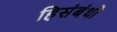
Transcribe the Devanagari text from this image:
हिसंबंधी